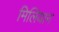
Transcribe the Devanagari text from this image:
मिलियान